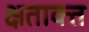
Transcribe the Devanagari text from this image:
क्षताक्त